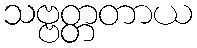
သဗ္ဗတ္တတာယ